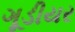
ગૂડીયર